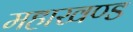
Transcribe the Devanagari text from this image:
महाखण्ड